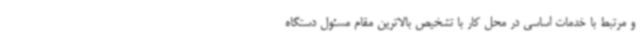
و مرتبط با خدمات اساسی در محل کار با تشخیص بالاترین مقام مسئول دستگاه